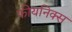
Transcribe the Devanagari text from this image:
फीयनिक्स